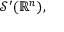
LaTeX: { \mathcal { S } } ^ { \prime } ( \mathbb { R } ^ { n } ) ,